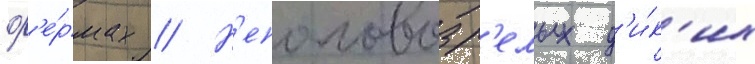
ф'е́рмах // Н'еполовозр'елых д'и́к'их